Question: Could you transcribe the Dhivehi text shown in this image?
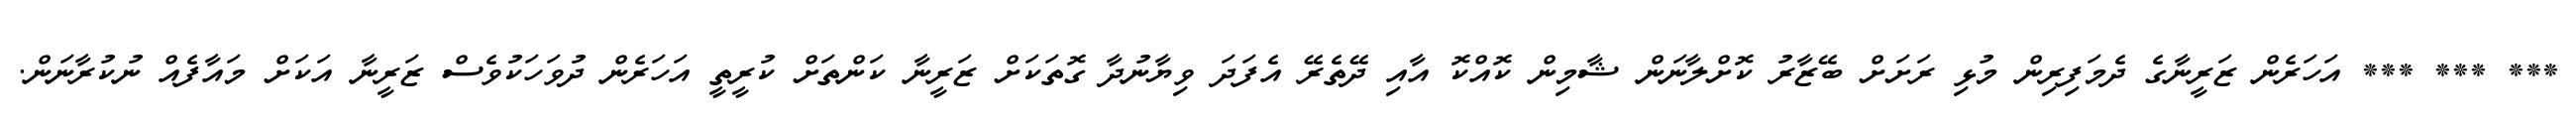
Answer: *** *** *** އަހަރެން ޒަރީނާގެ ދެމަފިރިން މުޅި ރަށަށް ބޭޒާރު ކޮށްލާނަން ޝާމިން ކޮއްކޮ އާއި ދޭތެރޭ އެފަދަ ވިޔާނުދާ ގޮތަކަށް ޒަރީނާ ކަންތަށް ކުރީތީ އަހަރެން ދުވަހަކުވެސް ޒަރީނާ އަކަށް މައާފެއް ނުކުރާނަން.